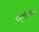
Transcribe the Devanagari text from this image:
बहुनाभिकीय